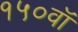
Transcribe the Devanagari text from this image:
१५०वॉ